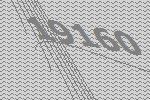
19160